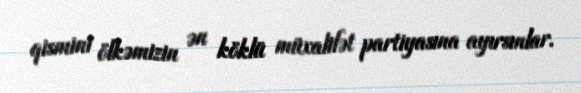
qismini ölkəmizin ən köklü müxalifət partiyasına ayırsınlar.